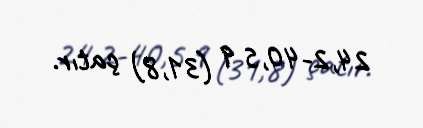
24,2-40,5 q (31,8) çatır.